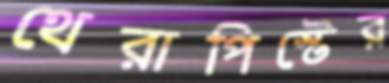
থেরাপিস্টের